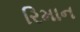
રિમાન